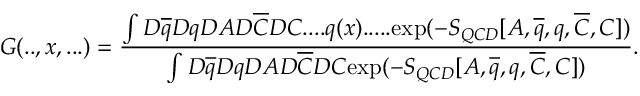
{ \cal G } ( . . , x , . . . ) = \frac { \int { D } \overline { { { q } } } { D } q { D A } { D } \overline { { { C } } } { D } C . . . . q ( x ) . . . . . \mathrm { e x p } ( - S _ { Q C D } [ A , \overline { { { q } } } , q , \overline { { { C } } } , C ] ) } { \int { D } \overline { { { q } } } { D } q { D A } { D } \overline { { { C } } } { D } C \mathrm { e x p } ( - S _ { Q C D } [ A , \overline { { { q } } } , q , \overline { { { C } } } , C ] ) } .